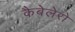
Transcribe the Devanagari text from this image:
कैबेलेरो